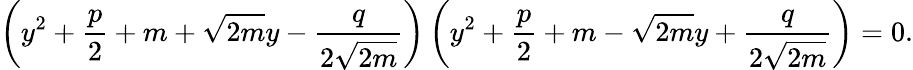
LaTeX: \left(y^{2}+{\frac{p}{2}}+m+{\sqrt{2m}}y-{\frac{q}{2{\sqrt{2m}}}}\right)\left(y^{2}+{\frac{p}{2}}+m-{\sqrt{2m}}y+{\frac{q}{2{\sqrt{2m}}}}\right)=0.